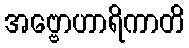
အဗ္ဗောဟာရိကာတိ